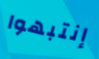
إنتبهوا